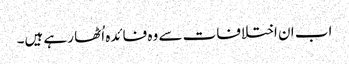
اب ان اختلافات سے وہ فائدہ اُٹھا رہے ہیں۔